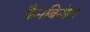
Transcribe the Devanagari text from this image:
कैनबिनोल